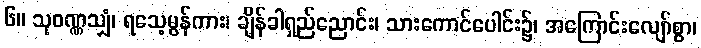
၆။ သုဝဏ္ဏသျှံ၊ ရသေ့မွန်ကား၊ ချိန်ခါရှည်ညောင်း၊ သားကောင်ပေါင်း၌၊ အကြောင်းလျော်စွာ၊